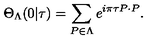
\Theta _ { \Lambda } ( 0 | \tau ) = \sum _ { P \in \Lambda } e ^ { i \pi \tau P \cdot P } .